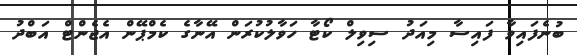
ބުނެފައިވާ ފައިސާ މިއަދު ސިވިލް ކޯޓާ ހަވާލުކުރަން އޭނާގެ ކެމްޕޭން އެޖެންޓް އަބްދު